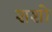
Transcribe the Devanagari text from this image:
शशो